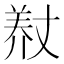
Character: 𮊨